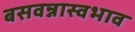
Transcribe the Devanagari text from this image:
बसवन्नास्वभाव